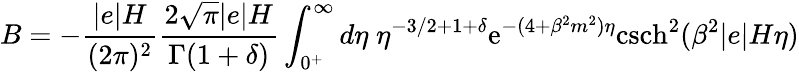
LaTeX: B=-\frac{\vert e\vert H}{(2\pi)^{2}}\frac{2\sqrt{\pi}\vert e\vert H}{\Gamma(1+\delta)}\int_{0^{+}}^{\infty}d\eta\; \eta^{-3/2+1+\delta}\mathrm{e}^{-(4+\beta^{2}m^{2})\eta}\mathrm{csch}^{2}(\beta^{2}\vert e\vert H\eta)